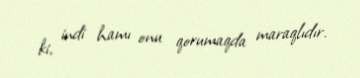
ki, indi hamı onu qorumaqda maraqlıdır.